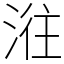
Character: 𣶂